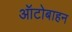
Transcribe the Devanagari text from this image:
ऑटोबाहन